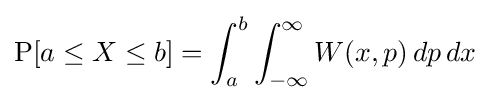
\operatorname {P} [a\leq X\leq b]=\int _{a}^{b}\int _{-\infty }^{\infty }W(x,p)\,dp\,dx